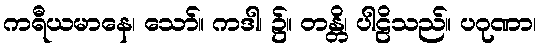
ကရီယမာနေ၊ သော်။ ကဒါ၊ ၌။ တန္တိ၊ ပါဠိသည်။ ပဂုဏာ၊